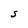
Character: S